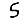
Digit: 5